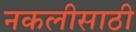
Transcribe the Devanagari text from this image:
नकलीसाठी